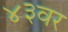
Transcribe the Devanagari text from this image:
४३वर